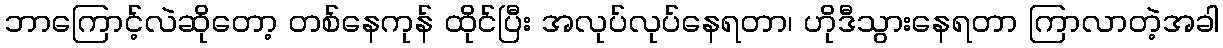
ဘာကြောင့်လဲဆိုတော့ တစ်နေကုန် ထိုင်ပြီး အလုပ်လုပ်နေရတာ၊ ဟိုဒီသွားနေရတာ ကြာလာတဲ့အခါ